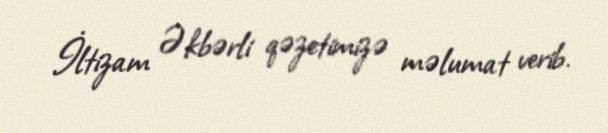
İltizam Əkbərli qəzetimizə məlumat verib.